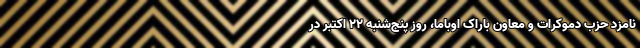
نامزد حزب دموکرات و معاون باراک اوباما، روز پنج‌شنبه ۲۲ اکتبر در